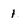
Character: 1